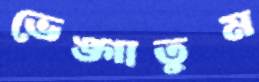
ভেঙ্গাতুম